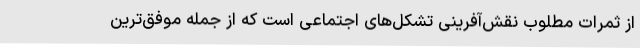
از ثمرات مطلوب نقش‌آفرینی تشکل‌های اجتماعی است که از جمله موفق‌ترین